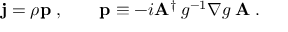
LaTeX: { \bf j } = \rho { \bf p } \; , \qquad { \bf p } \equiv - i { \bf A } ^ { \dagger } \: g ^ { - 1 } \nabla g \: { \bf A } \; .